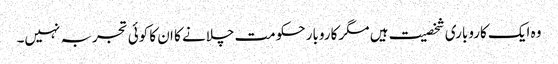
وہ ایک کاروباری شخصیت ہیں مگر کاروبار حکومت چلانے کا ان کا کوئی تجربہ نہیں۔